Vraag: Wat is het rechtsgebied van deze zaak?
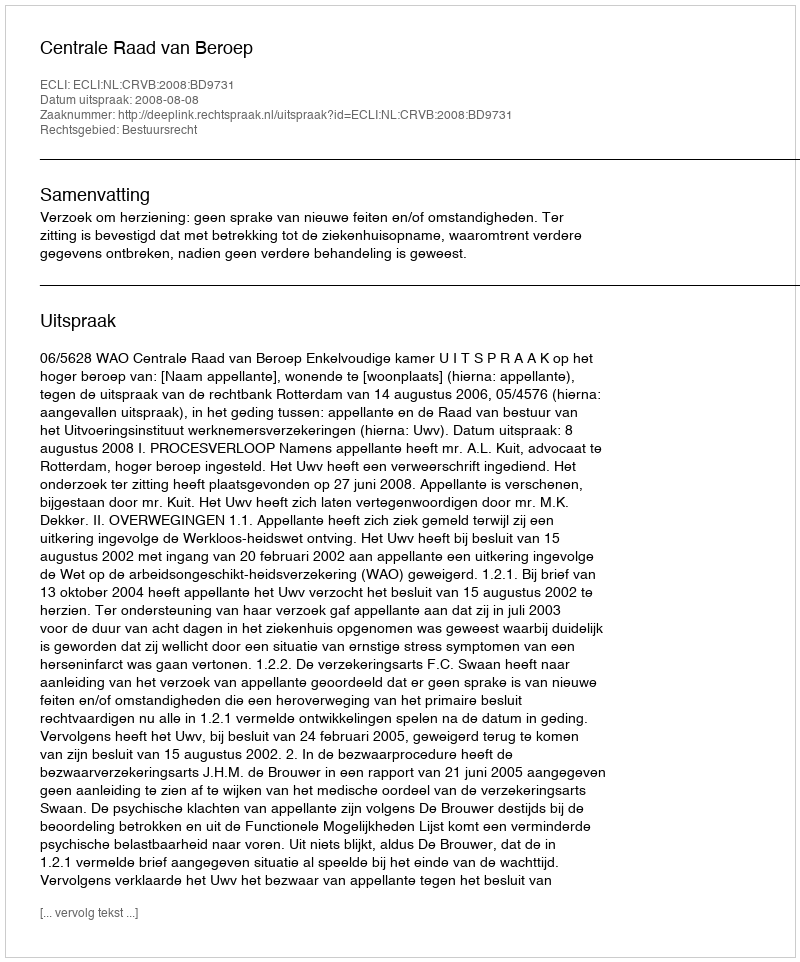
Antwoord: Bestuursrecht